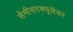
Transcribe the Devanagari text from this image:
सेमीसरक्यूलेयर